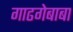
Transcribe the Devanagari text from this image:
गाढगेबाबा